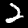
Digit: 2